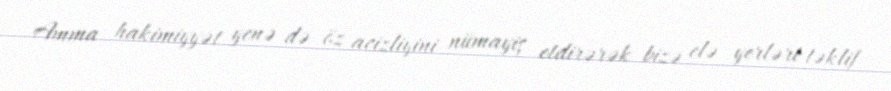
Amma hakimiyyət yenə də öz acizliyini nümayiş etdirərək bizə elə yerləri təklif